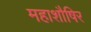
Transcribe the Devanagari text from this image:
महाशौषिर